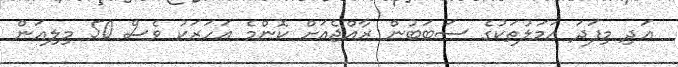
އަދި މިފަދަ އަމަލުތަކުގެ ސަބަބުން ރާއްޖެއަށް ކޮންމެ އަހަރަކު ވެސް 50 މިލިއަން